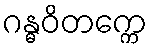
ဂန္ဓဝိတက္ကေ